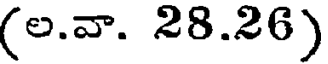
(ల.వా. 28.26)